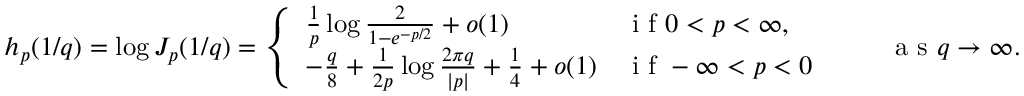
h _ { p } ( 1 / q ) = \log J _ { p } ( 1 / q ) = \left\{ \begin{array} { l l } { \frac { 1 } { p } \log \frac { 2 } { 1 - e ^ { - p / 2 } } + o ( 1 ) } & { \textrm { i f } 0 < p < \infty , } \\ { - \frac { q } { 8 } + \frac { 1 } { 2 p } \log \frac { 2 \pi q } { | p | } + \frac { 1 } { 4 } + o ( 1 ) } & { \textrm { i f } - \infty < p < 0 } \end{array} \right. \qquad \textrm { a s } q \to \infty .